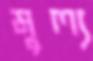
মুল্য